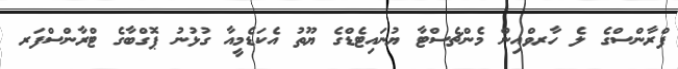
ފްރާންސްގެ ލެ ހާރވްއިން މެންޗެސްޓާ ޔުނައިޓެޑްގެ ޔޫތު އެކަޑެމީއާ ގުޅުނު ޕޮގްބާގެ ޓްރާންސްފަރ